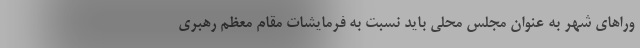
وراهای شهر به عنوان مجلس محلی باید نسبت به فرمایشات مقام معظم رهبری